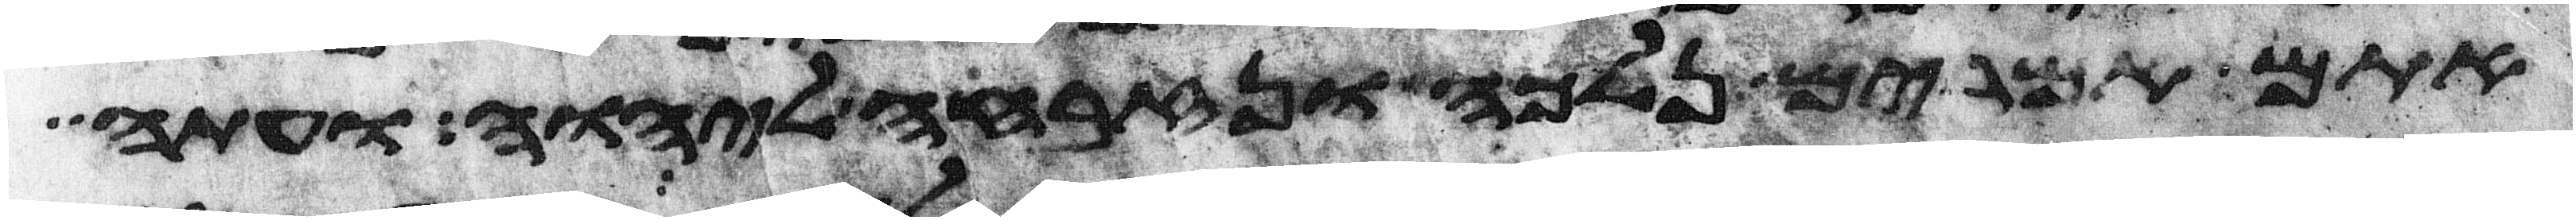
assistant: אתם אמרים נלכה נזבחה ליהוה ועתה